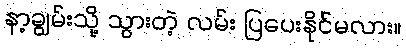
နာ့ချွမ်းသို့ သွားတဲ့ လမ်း ပြပေးနိုင်မလား။